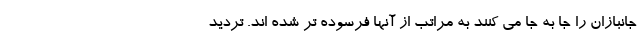
جانبازان را جا به جا می کنند به مراتب از آنها فرسوده تر شده اند. تردید